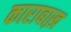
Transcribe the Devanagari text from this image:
काराबाख़